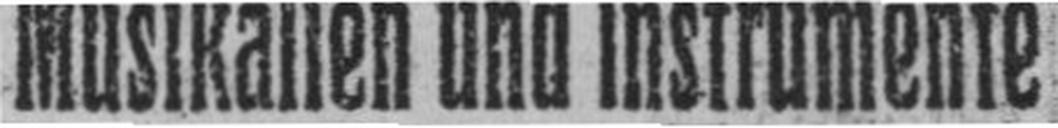
Musikalien und Instrumente